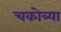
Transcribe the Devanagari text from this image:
चकोत्र्या